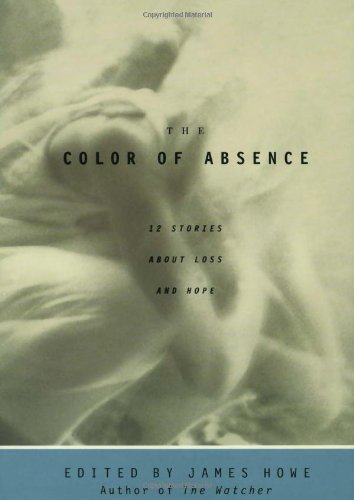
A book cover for The Color of Absence : 12 Stories About Loss and Hope; Teen & Young Adult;